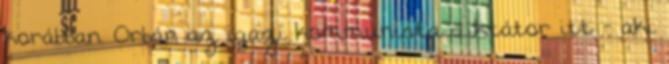
korábban. Orbán az igazi kommunista diktátor itt - aki